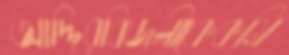
আদ্দিরবিজলীকেকমি